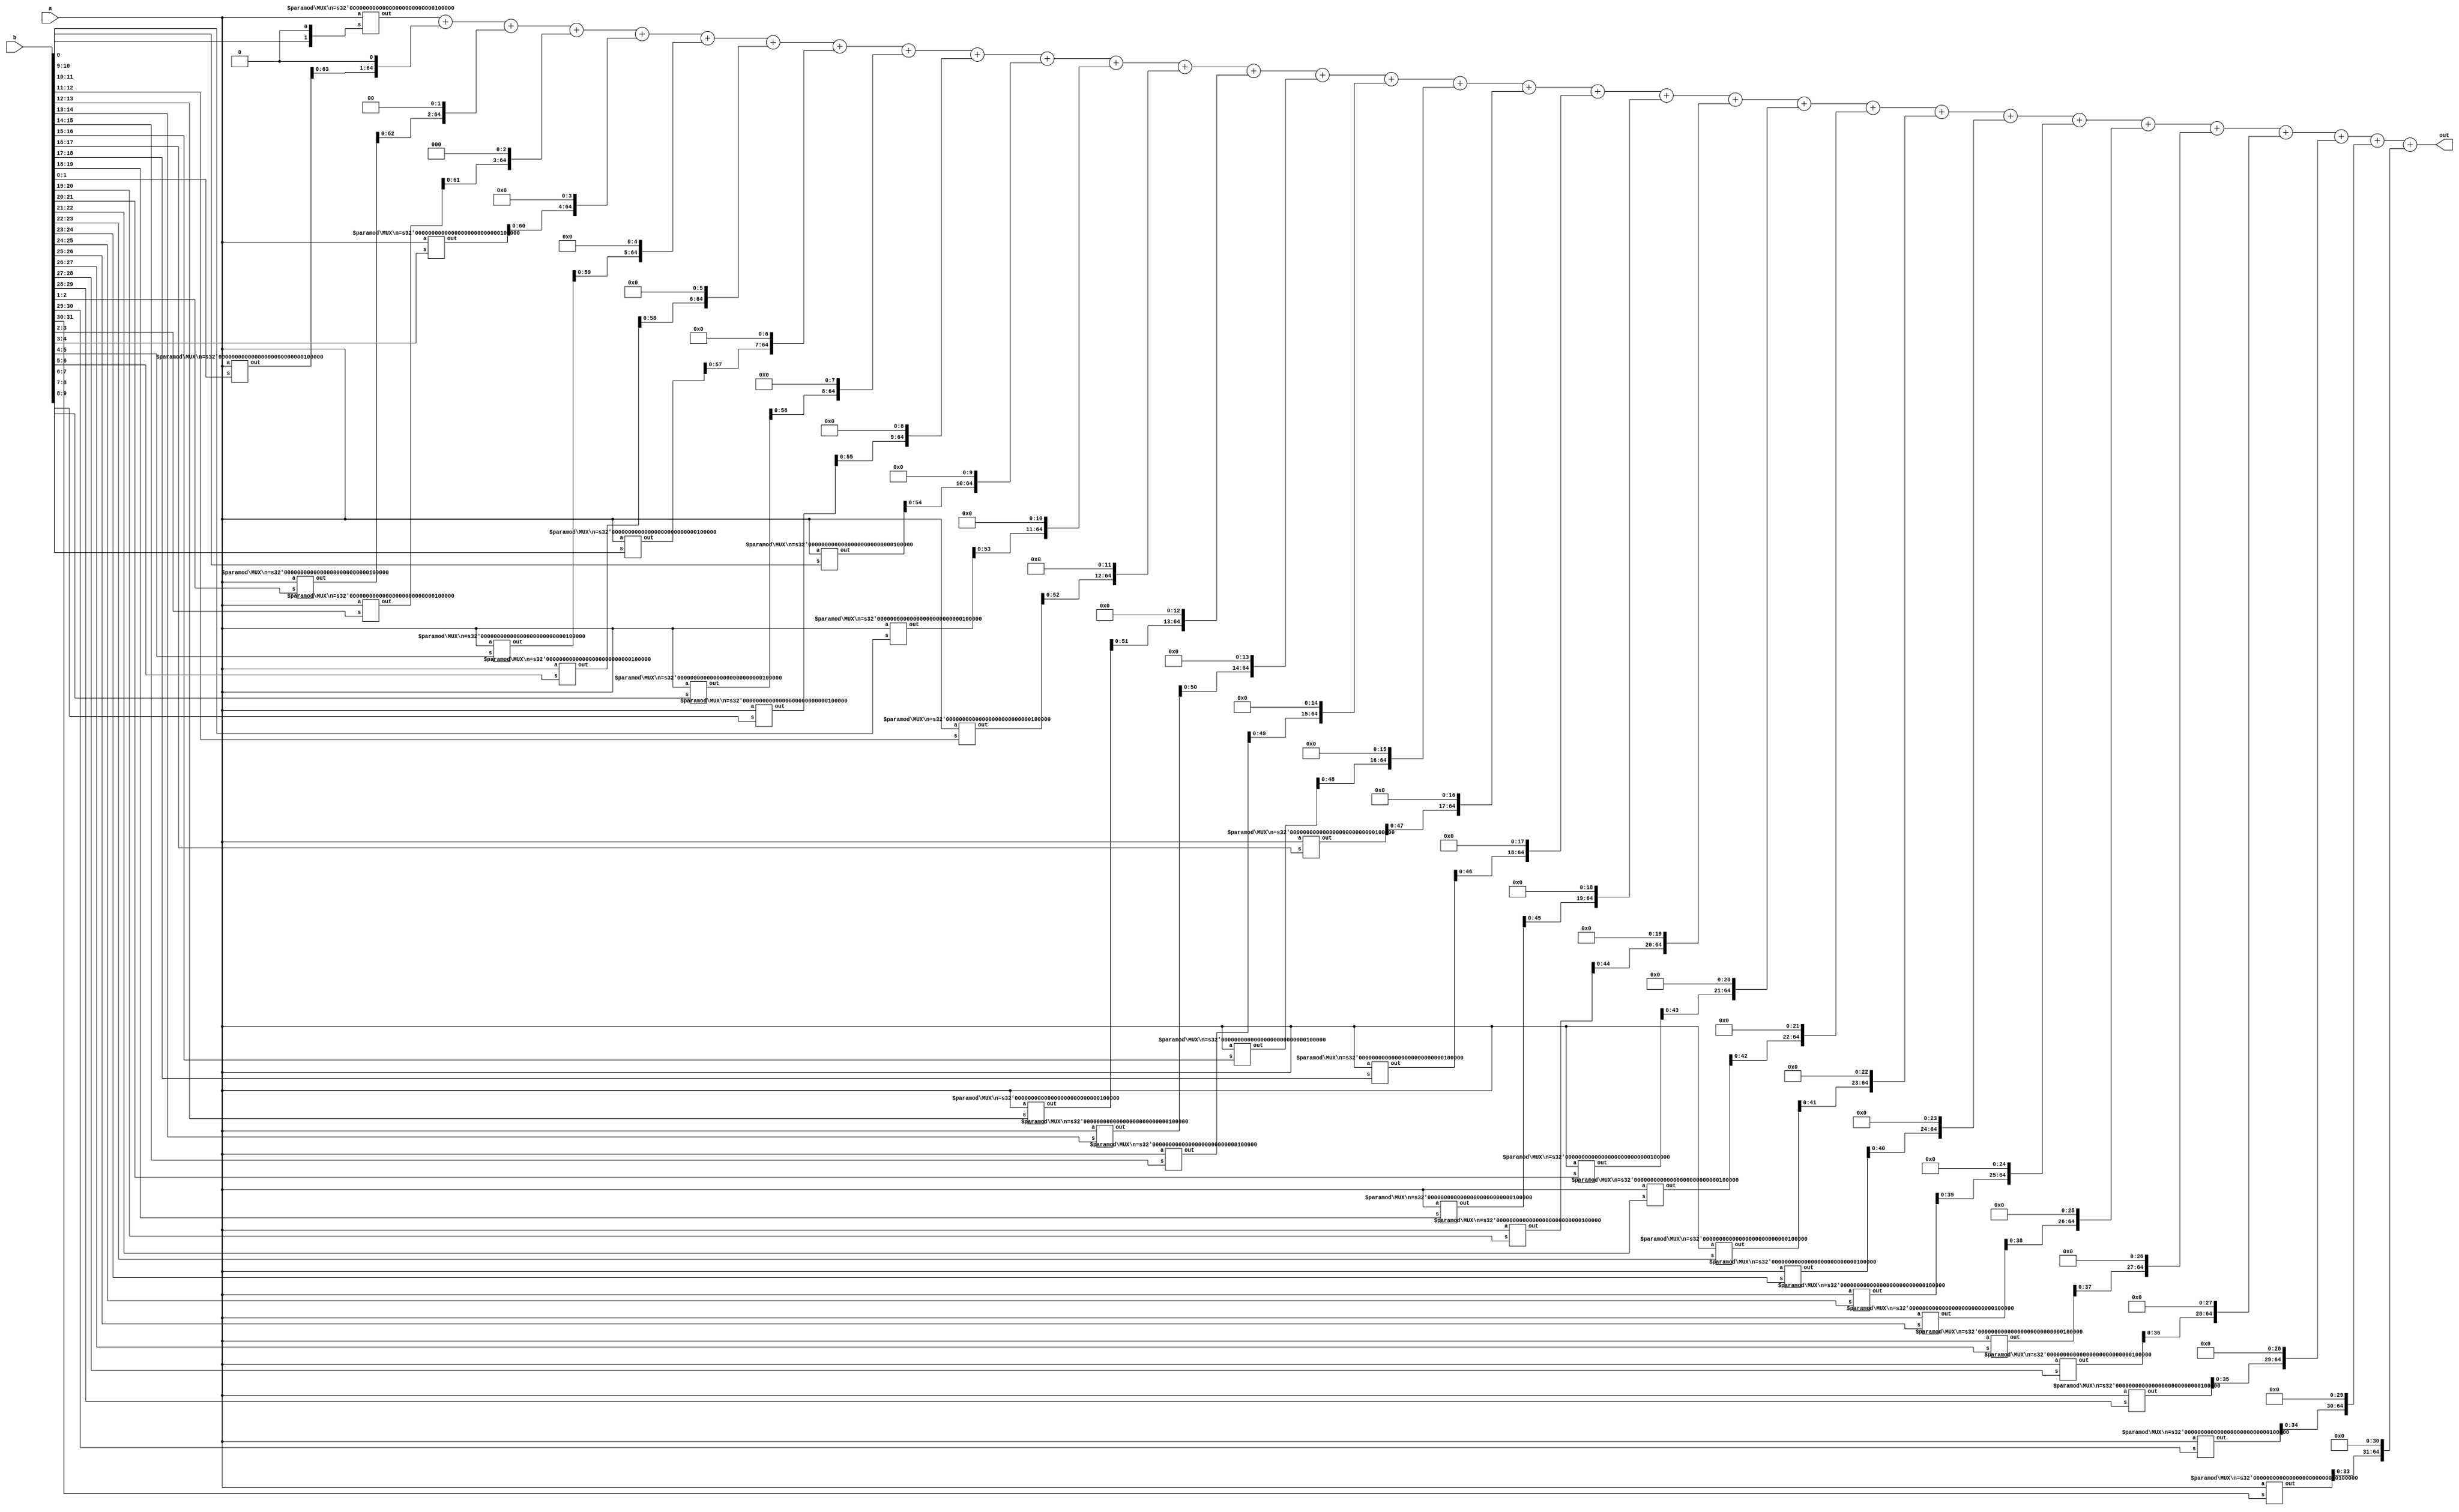
`timescale 1ns / 1ps

// Programmer Name: Shreyas Maheshwari 
//Programmer ID: 2019H10300031G
// Project Name: Design a 32-bit Booth multiplier circuit using Verilog. 

module Booth #(parameter n=32)(out,a,b);

	// output variable
	output [(2*n):0]out;
	
	// input variables
	input [n:0]a,b;

	// intermediate registers used for computations
	wire [(2*n):0]w[n:0];
	wire [n+1:0]q;
	assign q = {b,1'b0};
	
	// logic for each loop
	assign out=w[0]+(w[1]<<1)+(w[2]<<2)+(w[3]<<3)+(w[4]<<4)+(w[5]<<5)+(w[6]<<6)+(w[7]<<7)+(w[8]<<8)+(w[9]<<9)+(w[10]<<10)+(w[11]<<11)+(w[12]<<12)+(w[13]<<13)+(w[14]<<14)+(w[15]<<15)+(w[16]<<16)+(w[17]<<17)+(w[18]<<18)+(w[19]<<19)+(w[20]<<20)+(w[21]<<21)+(w[22]<<22)+(w[23]<<23)+(w[24]<<24)+(w[25]<<25)+(w[26]<<26)+(w[27]<<27)+(w[28]<<28)+(w[29]<<29)+(w[30]<<30)+(w[31]<<31);
	
	// looping constant
	genvar i;
	generate
	
	// calling MUX function
		for(i=0;i<=32;i=i+1)
			begin
			MUX #(.n(32))m1(w[i],a,q[i+1:i]);
			end
	endgenerate
endmodule
//parameter 32 for 32bit
module MUX #(parameter n=32) (out,a,s);
	output reg [(2*n):0]out;
	input [n:0]a;
	input [1:0]s;

	always @ (a,s)
		begin
			case(s)
			2'b00: out<=0;
			2'b01: out<= a;
			2'b10: out<= ~a+1;
			2'b11: out<=0;
			endcase
		end
endmodule